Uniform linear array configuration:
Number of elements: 16
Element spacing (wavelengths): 0.5
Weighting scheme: uniform
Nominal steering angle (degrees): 0
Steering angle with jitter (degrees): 0.6867
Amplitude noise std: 0.05
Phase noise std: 0.05

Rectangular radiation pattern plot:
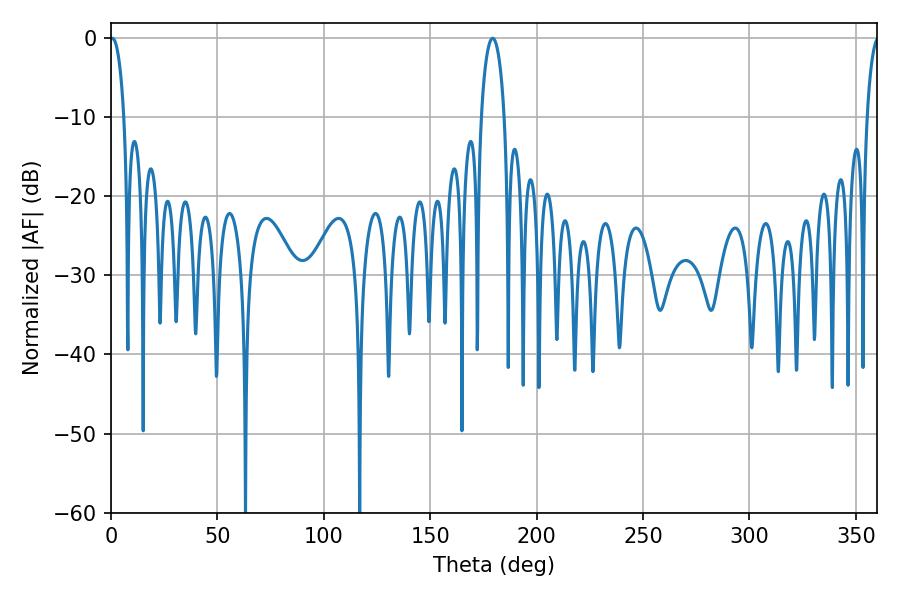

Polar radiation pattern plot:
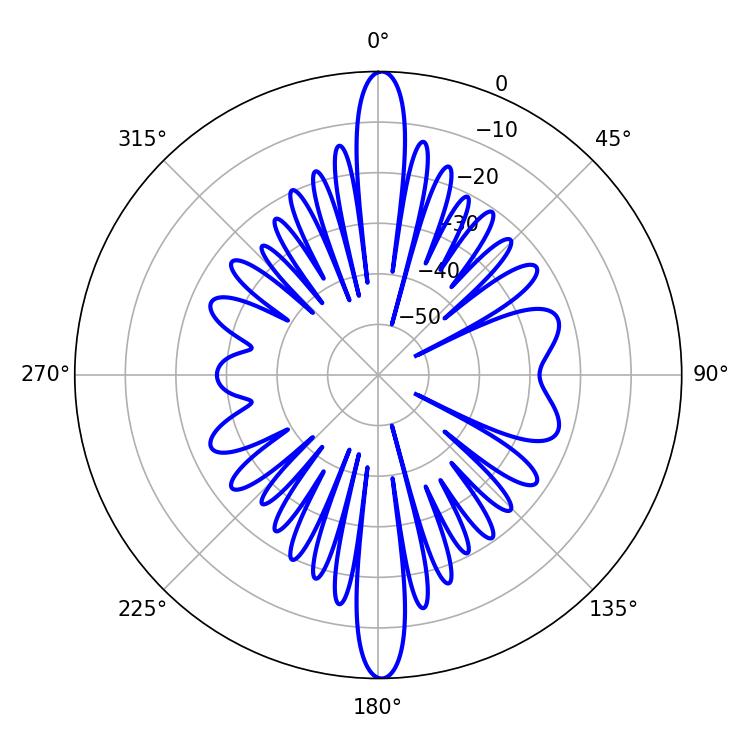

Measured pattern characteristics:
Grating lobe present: FALSE
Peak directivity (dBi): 25.667
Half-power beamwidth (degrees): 3.78
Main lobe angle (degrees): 0.72